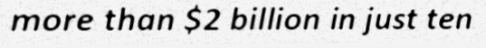
more than $2 billion in just ten